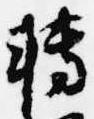
転